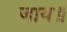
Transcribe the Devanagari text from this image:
जाय॥